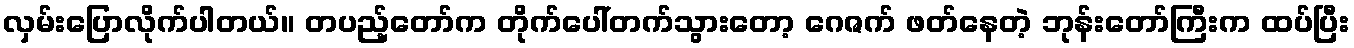
လှမ်းပြောလိုက်ပါတယ်။ တပည့်တော်က တိုက်ပေါ်တက်သွားတော့ ဂေဇက် ဖတ်နေတဲ့ ဘုန်းတော်ကြီးက ထပ်ပြီး